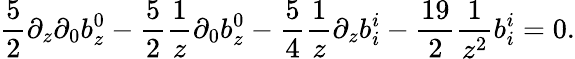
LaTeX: {\frac{5}{2}}\partial_{z}\partial_{0}b_{z}^{0}-{\frac{5}{2}}{\frac{1}{z}}\partial_{0}b_{z}^{0}-{\frac{5}{4}}{\frac{1}{z}}\partial_{z}b_{i}^{i}-{\frac{19}{2}}{\frac{1}{z^{2}}}b_{i}^{i}=0.